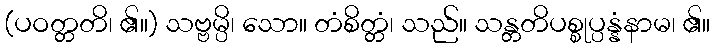
(ပဝတ္တတိ၊ ၏။) သဗ္ဗမ္ပိ၊ သော။ တံစိတ္တံ၊ သည်။ သန္တတိပစ္စုပ္ပန္နံနာမ၊ ၏။